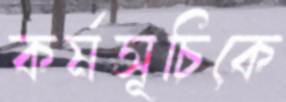
কর্মসূচিকে